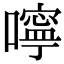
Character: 嚀